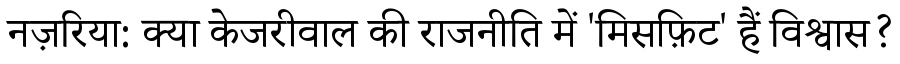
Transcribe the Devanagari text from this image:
नज़रिया: क्या केजरीवाल की राजनीति में 'मिसफ़िट' हैं विश्वास?